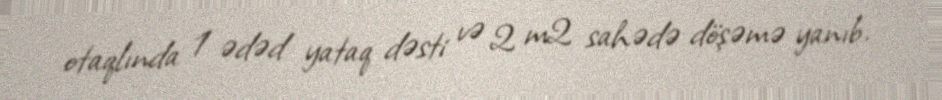
otaqlında 1 ədəd yataq dəsti və 2 m2 sahədə döşəmə yanıb.